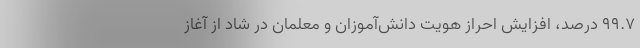
۹۹.۷ درصد، افزایش احراز هویت دانش‌آموزان و معلمان در شاد از آغاز